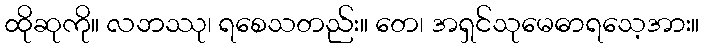
ထိုဆုကို။ လဘဿု၊ ရစေသတည်း။ တေ၊ အရှင်သုမေဓာရသေ့အား။